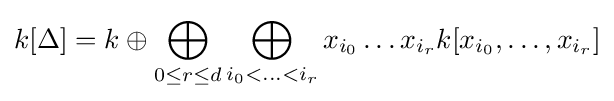
k[\Delta ]=k\oplus \bigoplus _{0\leq r\leq d}\bigoplus _{i_{0}<\ldots <i_{r}}x_{i_{0}}\ldots x_{i_{r}}k[x_{i_{0}},\ldots ,x_{i_{r}}]